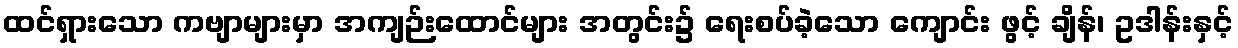
ထင်ရှားသော ကဗျာများမှာ အကျဉ်းထောင်များ အတွင်း၌ ရေးစပ်ခဲ့သော ကျောင်း ဖွင့် ချိန်၊ ဥဒါန်းနှင့်